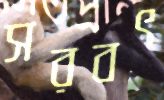
সরবৎ